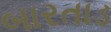
બારતાડ